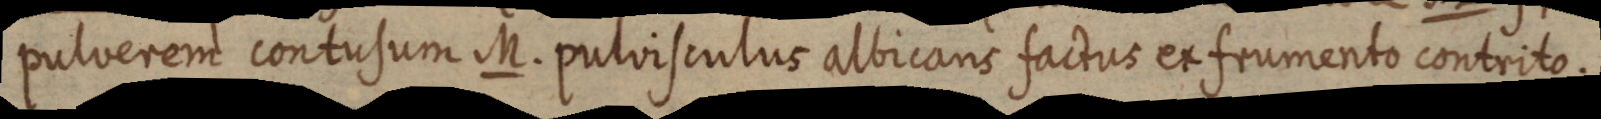
pulverem contusum M. pulvisculus albicans factus ex frumento contrito.